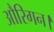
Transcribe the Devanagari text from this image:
औरिगन।